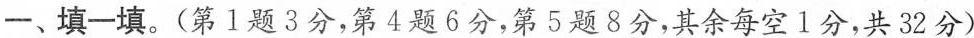
一、填一填。(第1题3分，第4题6分，第5题8分，其余每空1分，共32分)